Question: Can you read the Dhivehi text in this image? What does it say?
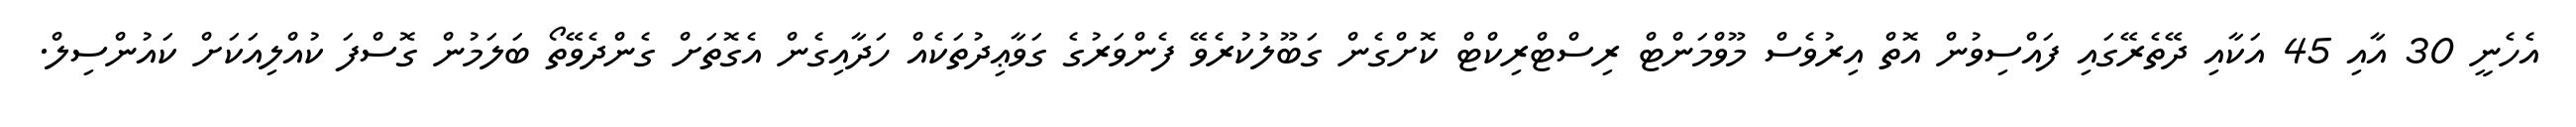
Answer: އެހެނީ 30 އާއި 45 އަކާއި ދޭތެރޭގައި ފައްސިވުން އޮތް އިރުވެސް މޫވްމަންޓް ރިސްޓްރިކްޓް ކޮށްގެން ގަބޫލުކުރެވޭ ފެންވަރުގެ ގަވާޢިދުތަކެއް ހަދާއިގެން އެގޮތަށް ގެންދެވޭތޯ ބަލަމުން ގޮސްފަ ކުއްލިއަކަށް ކައުންސިލް.